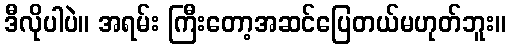
ဒီလိုပါပဲ။ အရမ်း ကြီးတော့အဆင်ပြေတယ်မဟုတ်ဘူး။